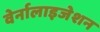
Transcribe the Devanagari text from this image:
वेर्नालाइजेशन